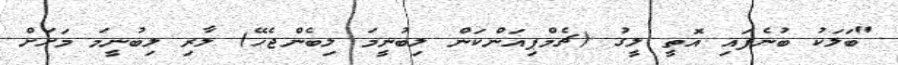
"ބަލަކު ބުނެފައި އޮތީ ލީގު (ޗެމްޕިއަންކަން ލިބުނީމަ ލިބެންޖެހޭ) ލާރި ލިބުނީމަ މަށަށް